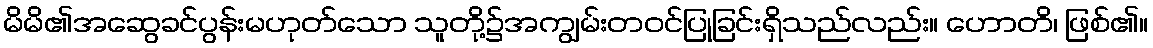
မိမိ၏အဆွေခင်ပွန်းမဟုတ်သော သူတို့၌အကျွမ်းတဝင်ပြုခြင်းရှိသည်လည်း။ ဟောတိ၊ ဖြစ်၏။